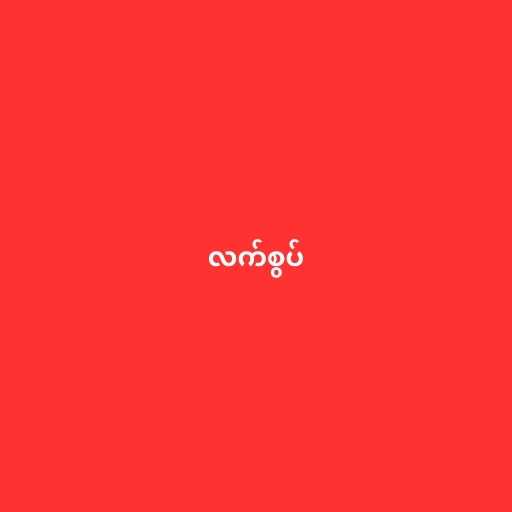
လက်စွပ်